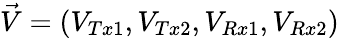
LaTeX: \vec{V}=(V_{Tx1},V_{Tx2},V_{Rx1},V_{Rx2})